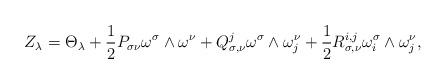
LaTeX: \begin{align*} & Z_{\lambda}=\Theta_{\lambda}+\frac{1}{2}P_{\sigma\nu}\omega^{\sigma}\wedge\omega^{\nu}+Q_{\sigma,\nu}^{j}\omega^{\sigma}\wedge\omega_{j}^{\nu}+\frac{1}{2}R_{\sigma,\nu}^{i,j}\omega_{i}^{\sigma}\wedge\omega_{j}^{\nu},\end{align*}